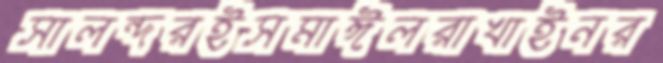
সালন্দরইসমাঈলরাখাইনর